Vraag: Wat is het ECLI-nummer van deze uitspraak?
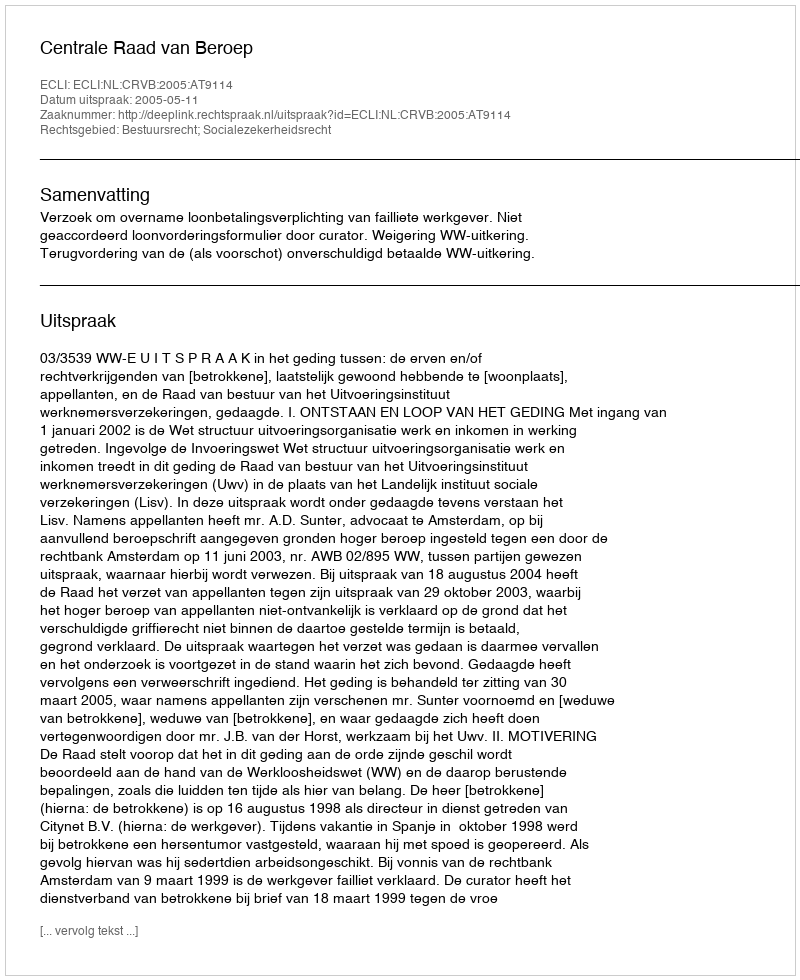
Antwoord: ECLI:NL:CRVB:2005:AT9114